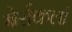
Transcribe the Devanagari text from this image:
बेर्राकलां